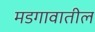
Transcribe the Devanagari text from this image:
मडगावातील